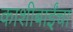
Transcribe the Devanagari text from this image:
काशीबाईंचा